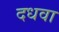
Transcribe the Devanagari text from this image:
दधवा